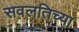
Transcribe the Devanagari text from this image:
सवलतिच्या